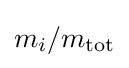
m_{i}/m_{\mathrm {tot} }